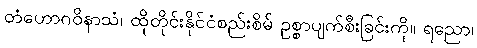
တံဟောဂဝိနာသံ၊ ထိုတိုင်းနိုင်ငံစည်းစိမ် ဥစ္စာပျက်စီးခြင်းကို။ ရညော၊